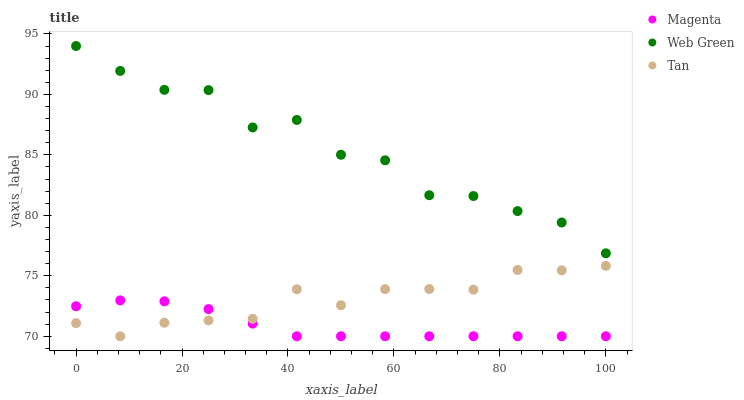
| xaxis_label | Magenta | Web Green | Tan |
 | --- | --- | --- | --- |
 | 0 | 72.5 | 94 | 71.1 |
 | 8.33 | 73 | 91.9 | 70 |
 | 16.7 | 72.9 | 90.4 | 71.1 |
 | 25 | 72.2 | 90.4 | 71.3 |
 | 33.3 | 71 | 87.3 | 71.4 |
 | 41.7 | 70 | 87.9 | 73.9 |
 | 50 | 70 | 85 | 72.6 |
 | 58.3 | 70 | 84.5 | 73.9 |
 | 66.7 | 70 | 81.7 | 73.9 |
 | 75 | 70 | 81.6 | 73.9 |
 | 83.3 | 70 | 80.4 | 75.5 |
 | 91.7 | 70 | 79.4 | 75.4 |
 | 100 | 70 | 76.9 | 75.8 |